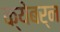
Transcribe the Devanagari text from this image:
क्येबर्न